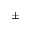
\pm